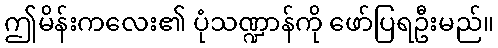
ဤမိန်းကလေး၏ ပုံသဏ္ဍာန်ကို ဖော်ပြရဦးမည်။